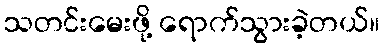
သတင်းမေးဖို့ ရောက်သွားခဲ့တယ်။